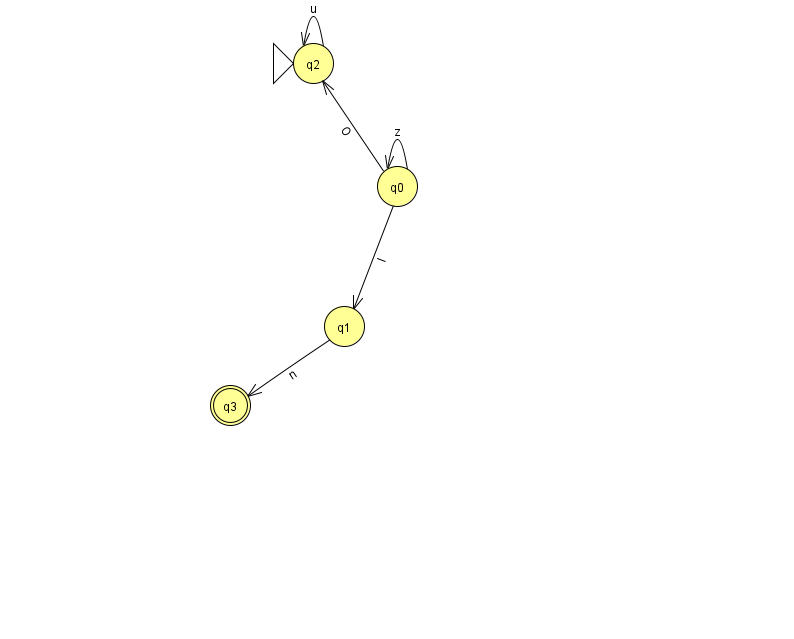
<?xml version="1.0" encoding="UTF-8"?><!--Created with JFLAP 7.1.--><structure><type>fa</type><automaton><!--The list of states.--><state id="0" name="q0"><x>397.0</x><y>173.0</y></state><state id="1" name="q1"><x>344.0</x><y>313.0</y></state><state id="2" name="q2"><x>313.0</x><y>50.0</y><initial/></state><state id="3" name="q3"><x>230.0</x><y>392.0</y><final/></state><!--The list of transitions.--><transition><from>1</from><to>3</to><read>n</read></transition><transition><from>2</from><to>2</to><read>u</read></transition><transition><from>0</from><to>0</to><read>z</read></transition><transition><from>0</from><to>1</to><read>I</read></transition><transition><from>0</from><to>2</to><read>O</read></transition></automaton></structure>